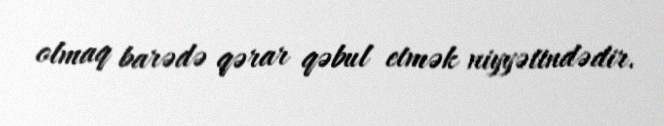
olmaq barədə qərar qəbul etmək niyyətindədir.